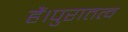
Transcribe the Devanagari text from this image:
हैं।पुरातत्व